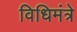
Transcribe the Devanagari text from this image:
विधिमंत्रे